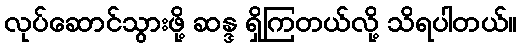
လုပ်ဆောင်သွားဖို့ ဆန္ဒ ရှိကြတယ်လို့ သိရပါတယ်။